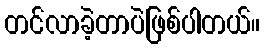
တင်လာခဲ့တာပဲဖြစ်ပါတယ်။